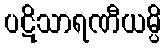
ပဋိသာရဏီယမ္ပိ